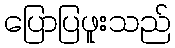
ပြောပြဖူးသည်